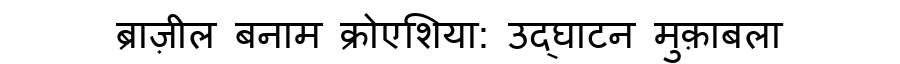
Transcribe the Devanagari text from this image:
ब्राज़ील बनाम क्रोएशिया: उद्घाटन मुक़ाबला